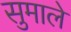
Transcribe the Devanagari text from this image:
सुमाले